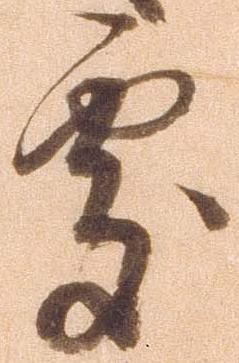
処